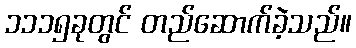
၁၁၁၅ခုတွင် တည်ဆောက်ခဲ့သည်။